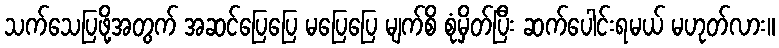
သက်သေပြဖို့အတွက် အဆင်ပြေပြေ မပြေပြေ မျက်စိ စုံမှိတ်ပြီး ဆက်ပေါင်းရမယ် မဟုတ်လား။